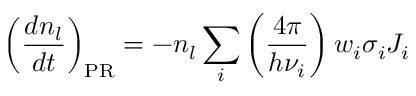
\left( \frac { d n _ { l } } { d t } \right) _ { \scriptsize \mathrm { P R } } = - n _ { l } \sum _ { i } \left( { \frac { 4 \pi } { h \nu _ { i } } } \right) w _ { i } \sigma _ { i } J _ { i }